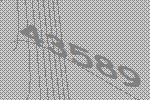
43589